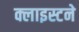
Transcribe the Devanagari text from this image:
क्लाइस्टने